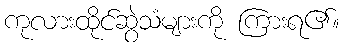
ကုလားထိုင်ဆွဲသံများကို ကြားရ၏။